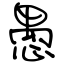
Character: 愚